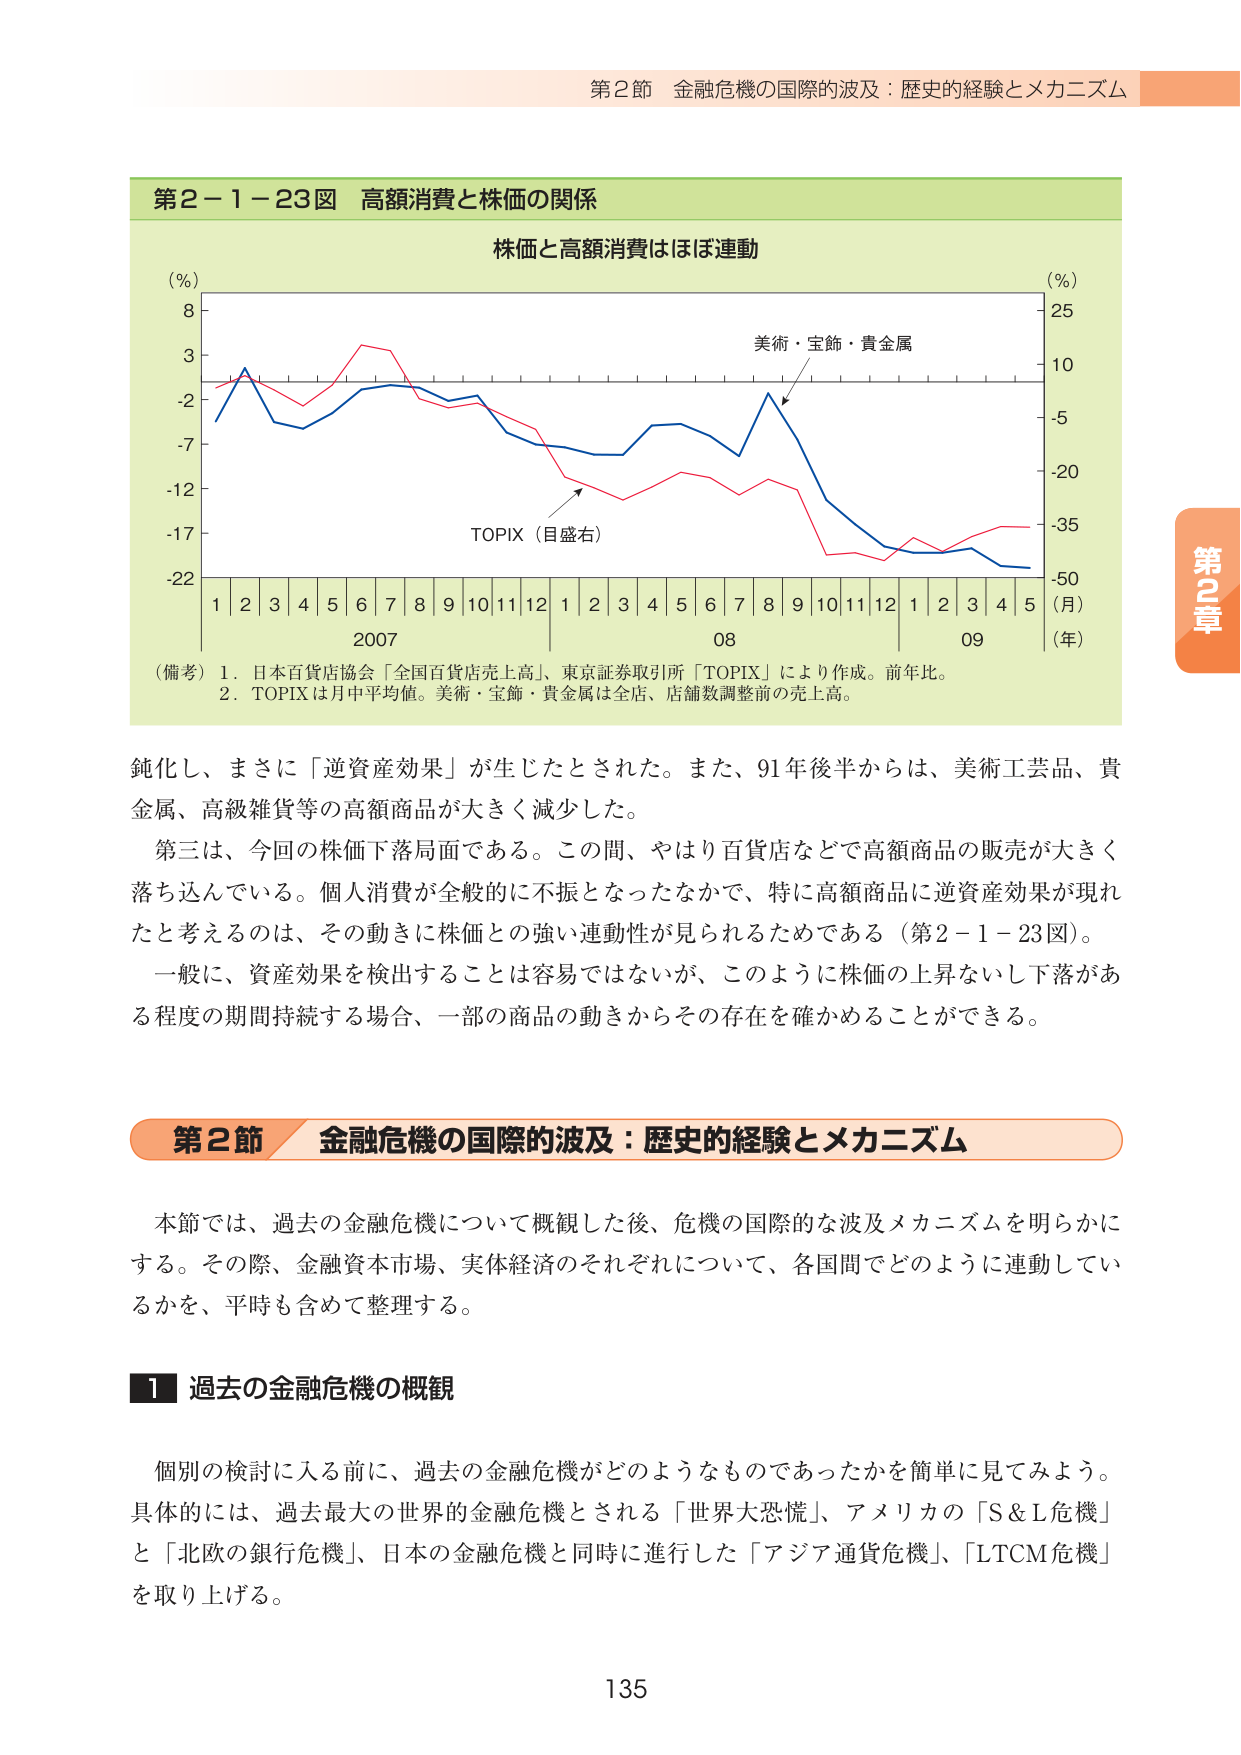
第2節 金融危機の国際的波及：歴史的経験とメカニズム

第2－1－23図 高額消費と株価の関係

株価と高額消費はほぼ連動

(%) 8
3
-2
-7
-12
-17
-22

1 2 3 4 5 6 7 8 9 10 11 12 1 2 3 4 5 6 7 8 9 10 11 12 1 2 3 4 5
2007 08 09
(月)
(年)

(%) 25
10
-5
-20
-35
-50

美術・宝飾・貴金属
TOPIX（目盛右）

（備考）1．日本百貨店協会「全国百貨店売上高」、東京証券取引所「TOPIX」により作成。前年比。
2．TOPIXは月中平均値。美術・宝飾・貴金属は全店、店舗数調整前の売上高。

鈍化し、まさに「逆資産効果」が生じたとされた。また、91年後半からは、美術工芸品、貴金属、高級雑貨等の高額商品が大きく減少した。

第三は、今回の株価下落局面である。この間、やはり百貨店などで高額商品の販売が大きく落ち込んでいる。個人消費が全般的に不振となったなかで、特に高額商品に逆資産効果が現れたと考えるのは、その動きに株価との強い連動性が見られるためである（第2－1－23図）。

一般に、資産効果を検出することは容易ではないが、このように株価の上昇ないし下落がある程度の期間持続する場合、一部の商品の動きからその存在を確かめることができる。

第2節 金融危機の国際的波及：歴史的経験とメカニズム

本節では、過去の金融危機について概観した後、危機の国際的な波及メカニズムを明らかにする。その際、金融資本市場、実体経済のそれぞれについて、各国間でどのように連動しているかを、平時も含めて整理する。

1 過去の金融危機の概観

個別の検討に入る前に、過去の金融危機がどのようなものであったかを簡単に見てみよう。具体的には、過去最大の世界的金融危機とされる「世界大恐慌」、アメリカの「S＆L危機」と「北欧の銀行危機」、日本の金融危機と同時に進行した「アジア通貨危機」、「LTCM危機」を取り上げる。

135

第2章